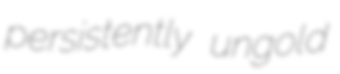
persistently ungold